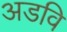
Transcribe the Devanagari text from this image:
अडवि